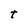
Character: t